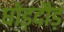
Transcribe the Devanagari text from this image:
घोड़दौड़